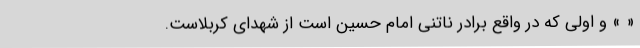
« » و اولی که در واقع برادر ناتنی امام حسین است از شهدای کربلاست.